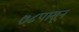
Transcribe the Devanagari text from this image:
७८पासून